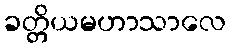
ခတ္တိယမဟာသာလေ